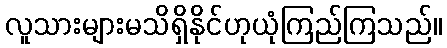
လူသားများမသိရှိနိုင်ဟုယုံကြည်ကြသည်။